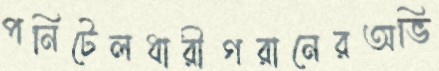
পনিটেলধারীগরানেরঅভি